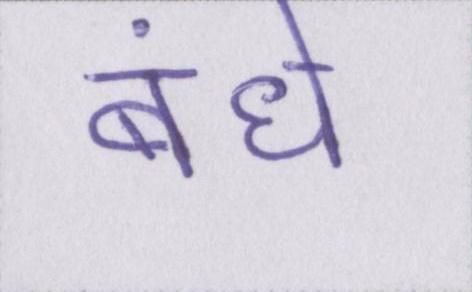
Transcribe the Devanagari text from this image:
बंधे